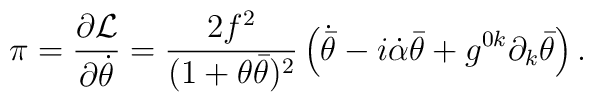
\pi = \frac{\partial {\cal L}}{\partial \dot{\theta}} =      	\frac{2 f^2}{(1+\theta\bar{\theta})^2}	\left( \dot{\bar{\theta}} - i\dot{\alpha}\bar{\theta}+ 	g^{0k}\partial_k\bar{\theta} \right).